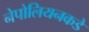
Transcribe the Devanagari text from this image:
नेपोलियनकडे